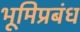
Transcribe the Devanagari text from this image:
भूमिप्रबंध